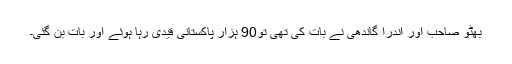
بھٹو صاحب اور اندرا گاندھی نے بات کی تھی تو90 ہزار پاکستانی قیدی رہا ہوئے اور بات بن گئی۔